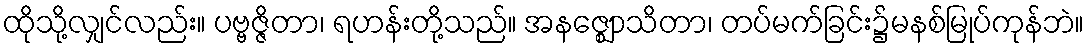
ထိုသို့လျှင်လည်း။ ပဗ္ဗဇ္ဇိတာ၊ ရဟန်းတို့သည်။ အနဇ္ဈောသိတာ၊ တပ်မက်ခြင်း၌မနစ်မြုပ်ကုန်ဘဲ။